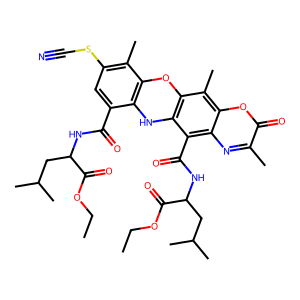
SMILES: CCOC(=O)C(CC(C)C)NC(=O)c1cc(SC#N)c(C)c2c1Nc1c(c(C)c3oc(=O)c(C)nc3c1C(=O)NC(CC(C)C)C(=O)OCC)O2
Inhibits HIV replication: No